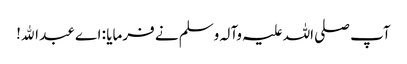
آپ صلی اللہ علیہ وآلہ وسلم نے فرمایا : اے عبد اﷲ!